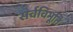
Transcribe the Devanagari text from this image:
सर्वविभूति